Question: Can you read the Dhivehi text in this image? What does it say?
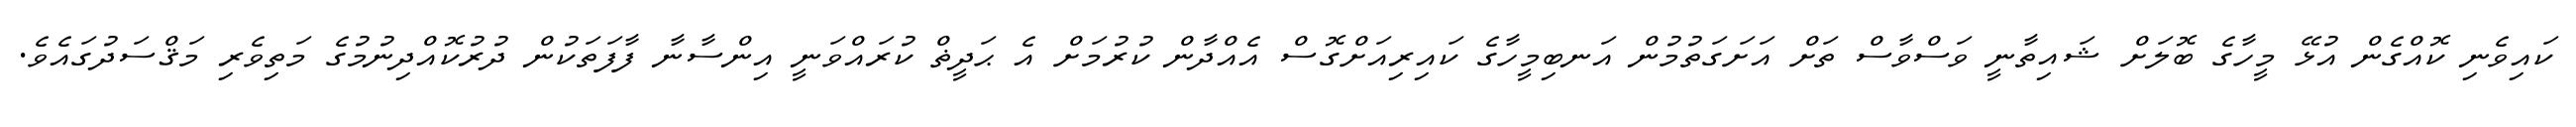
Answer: ކައިވެނި ކޮއްގެން އުޅޭ މީހާގެ ބޮލަށް ޝައިތާނީ ވަސްވާސް ތަށް އަށަގަތުމުން އަނބިމީހާގެ ކައިރިއަށްގޮސް އެއްދާން ކުރުމަށް އެ ޙަދީޡް ކުރައްވަނީ އިންސާނާ ފާފަތަކުން ދުރުކޮއްދިނުމުގެ މަތިވެރި މަޤްސަދުގައެވެ.